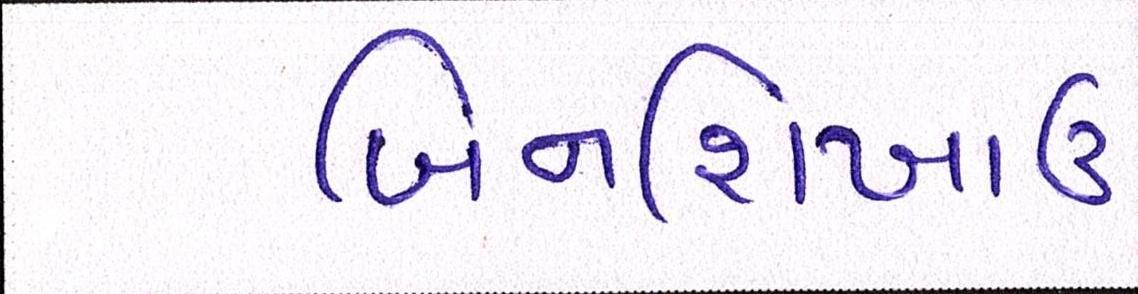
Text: બિનશિખાઉ